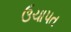
ઉચાપત